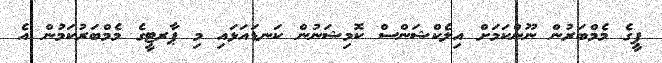
ޕީގެ މެމްބަރުން ނޫންކަމަށް އިލެކްޝަންސް ކޮމިޝަނުން ކަނޑައަޅައި މި ޕާރޓީގެ މެމްބަރުކަމުން އެ